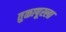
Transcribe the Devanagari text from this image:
तुळापूरला